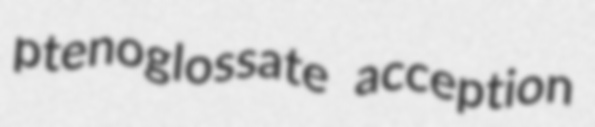
ptenoglossate acception